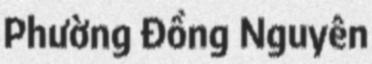
Phường Đồng Nguyên